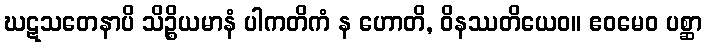
ဃဋသတေနာပိ သိဉ္စိယမာနံ ပါကတိကံ န ဟောတိ, ဝိနဿတိယေဝ။ ဧဝမေဝ ပစ္ဆာ